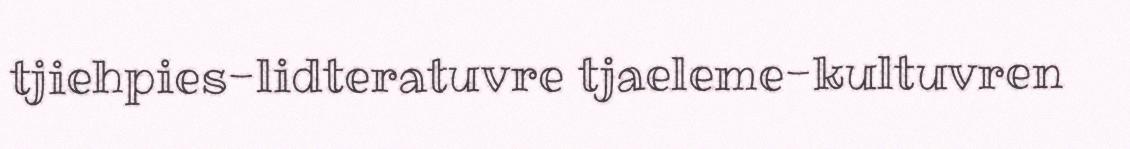
tjiehpies-lidteratuvre tjaeleme-kultuvren